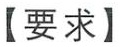
【要求】